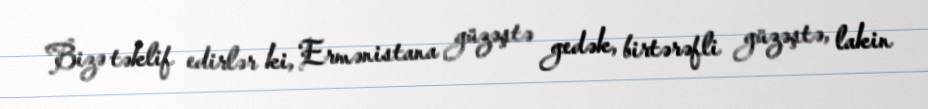
Bizə təklif edirlər ki, Ermənistana güzəştə gedək, birtərəfli güzəştə, lakin